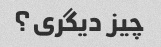
چیز دیگری؟